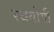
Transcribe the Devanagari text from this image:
रथयोगी